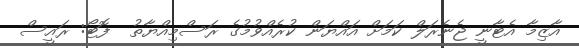
އާޒިމާ އެޓާނީ ޖެނެރަލް ކަމަށް އައްޔަން ކުރެއްވުމުގެ ރަސްމިއްޔާތު  ފޮޓޯ: ރައީސް